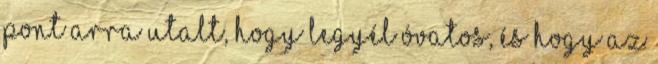
pont arra utalt, hogy legyél óvatos, és hogy az